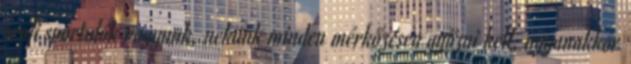
profi sportolók vagyunk, nekünk minden mérkőzésen győzni kell, ugyanakkor